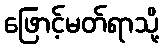
ဖြောင့်မတ်ရာသို့